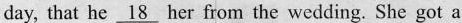
day, that he \underline{18} her from the wedding. She got a